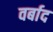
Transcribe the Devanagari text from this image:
वर्बाद